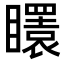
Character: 𥌡